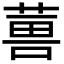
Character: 𮐇